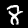
Digit: 8